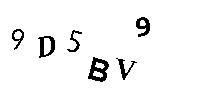
9D5BV9